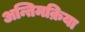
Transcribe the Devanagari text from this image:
अन्तिमक्रिया